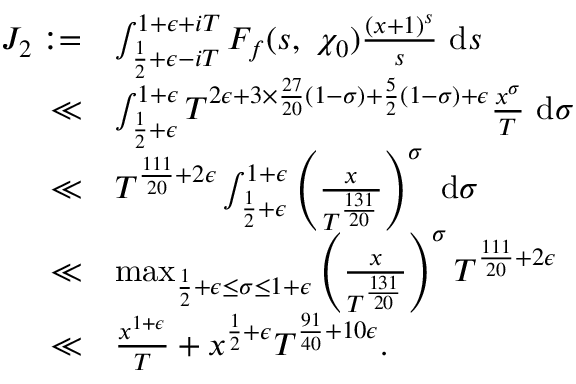
\begin{array} { r l } { J _ { 2 } : = } & { \int _ { \frac { 1 } { 2 } + \epsilon - i T } ^ { 1 + \epsilon + i T } F _ { f } ( s , \ \chi _ { 0 } ) \frac { ( x + 1 ) ^ { s } } { s } \ \mathrm { d } s } \\ { \ll } & { \int _ { \frac { 1 } { 2 } + \epsilon } ^ { 1 + \epsilon } T ^ { 2 \epsilon + 3 \times \frac { 2 7 } { 2 0 } ( 1 - \sigma ) + \frac { 5 } { 2 } ( 1 - \sigma ) + \epsilon } \frac { x ^ { \sigma } } { T } \ \mathrm { d } \sigma } \\ { \ll } & { T ^ { \frac { 1 1 1 } { 2 0 } + 2 \epsilon } \int _ { \frac { 1 } { 2 } + \epsilon } ^ { 1 + \epsilon } \left( \frac { x } { T ^ { \frac { 1 3 1 } { 2 0 } } } \right) ^ { \sigma } \ \mathrm { d } \sigma } \\ { \ll } & { \operatorname* { m a x } _ { \frac { 1 } { 2 } + \epsilon \leq \sigma \leq 1 + \epsilon } \left( \frac { x } { T ^ { \frac { 1 3 1 } { 2 0 } } } \right) ^ { \sigma } T ^ { \frac { 1 1 1 } { 2 0 } + 2 \epsilon } } \\ { \ll } & { \frac { x ^ { 1 + \epsilon } } { T } + x ^ { \frac { 1 } { 2 } + \epsilon } T ^ { \frac { 9 1 } { 4 0 } + 1 0 \epsilon } . } \end{array}